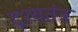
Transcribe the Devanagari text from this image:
दृश्यतंत्र